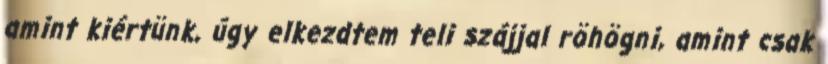
amint kiértünk, úgy elkezdtem teli szájjal röhögni, amint csak